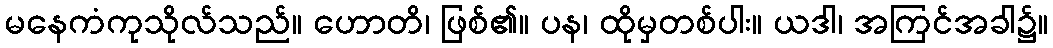
မနေကံကုသိုလ်သည်။ ဟောတိ၊ ဖြစ်၏။ ပန၊ ထိုမှတစ်ပါး။ ယဒါ၊ အကြင်အခါ၌။